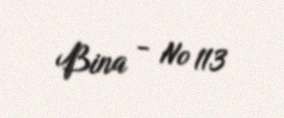
Bina - № 113